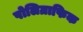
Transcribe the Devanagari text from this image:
पोलिग्राफिक